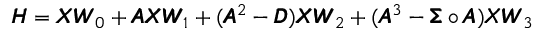
\begin{array} { r } { \pmb { H } = \pmb { X } \pmb { W } _ { 0 } + \pmb { A } \pmb { X } \pmb { W } _ { 1 } + ( \pmb { A } ^ { 2 } - \pmb { D } ) \pmb { X } \pmb { W } _ { 2 } + ( \pmb { A } ^ { 3 } - \pmb { \Sigma } \circ \pmb { A } ) \pmb { X } \pmb { W } _ { 3 } } \end{array}